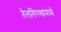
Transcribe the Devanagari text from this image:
तेलगिरण्यांमध्ये